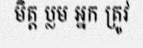
មិត្ត ប្លម អ្នក ត្រូវ